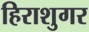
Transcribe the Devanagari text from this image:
हिराशुगर